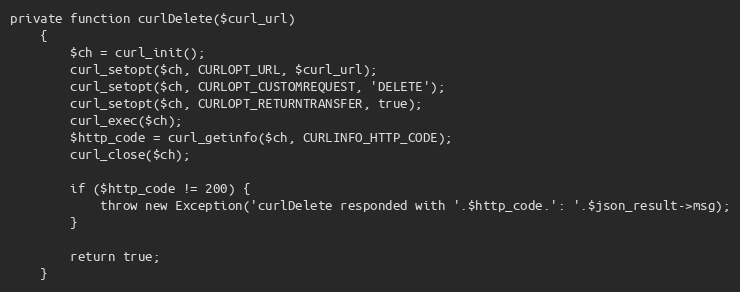
Language: PHP
private function curlDelete($curl_url)
    {
        $ch = curl_init();
        curl_setopt($ch, CURLOPT_URL, $curl_url);
        curl_setopt($ch, CURLOPT_CUSTOMREQUEST, 'DELETE');
        curl_setopt($ch, CURLOPT_RETURNTRANSFER, true);
        curl_exec($ch);
        $http_code = curl_getinfo($ch, CURLINFO_HTTP_CODE);
        curl_close($ch);

        if ($http_code != 200) {
            throw new Exception('curlDelete responded with '.$http_code.': '.$json_result->msg);
        }

        return true;
    }